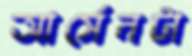
আর্সেনটা